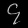
Digit: ၄